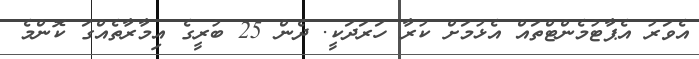
އެވަރު އެޕާޓުމެންޓްތައް އެޅުމަށް ކުރާ ހަރަދަކީ. ދެން 25 ބުރީގެ އިމާރާތެއްގަ ކޮންމެ